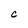
Character: C